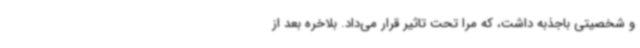
و شخصیتی باجذبه داشت، که مرا تحت تاثیر قرار می‌داد. بلاخره بعد از